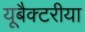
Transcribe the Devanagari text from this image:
यूबैक्टरीया